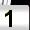
Digit: 1